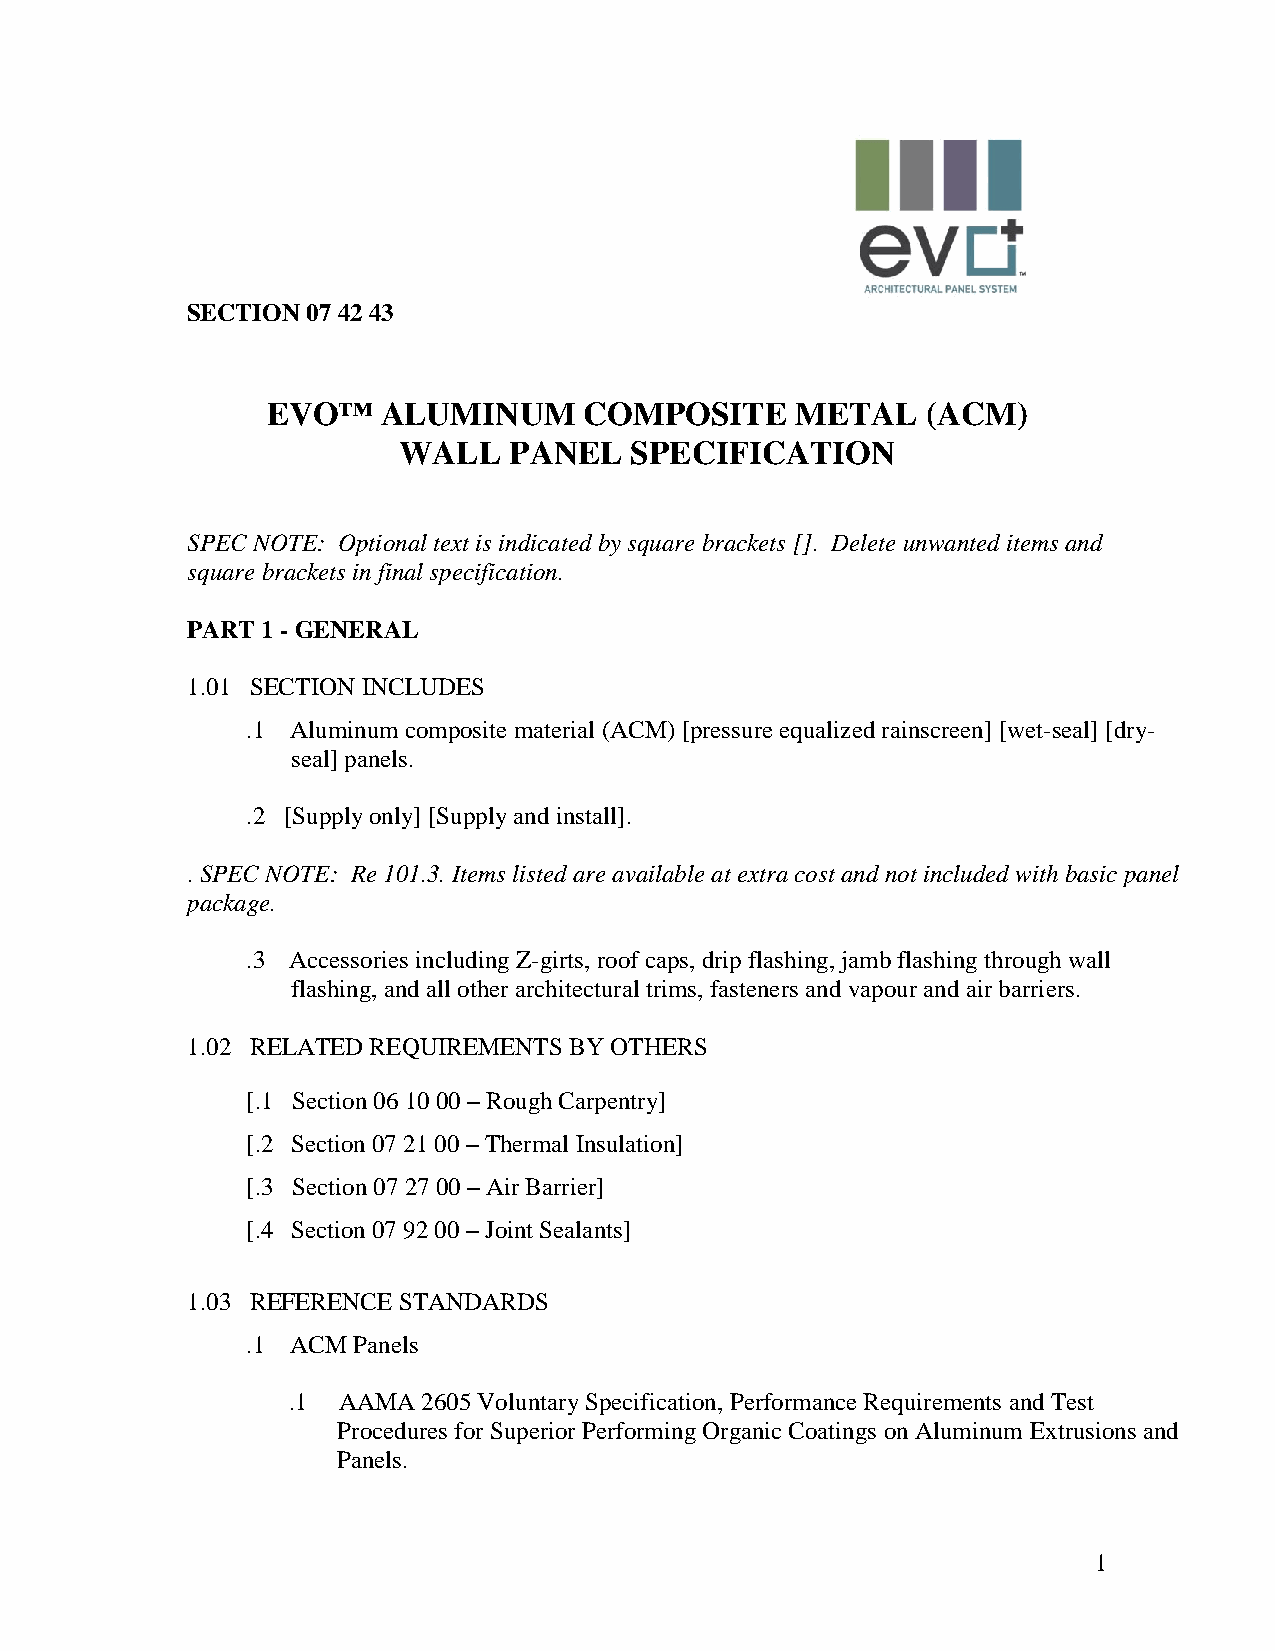
SECTION 07 42 43
 EVO™   ALUMINUM      COMPOSITE     METAL   (ACM)
 WALL    PANEL   SPECIFICATION
 SPEC NOTE: Optional text is indicated by square brackets []. Delete unwanted items and
 square brackets in final specification.
 PART 1 - GENERAL
 1.01 SECTION INCLUDES
 .1 Aluminum composite material (ACM) [pressure equalized rainscreen] [wet-seal] [dry-
 seal] panels.
 .2 [Supply only] [Supply and install].
 . SPEC NOTE: Re 101.3. Items listed are available at extra cost and not included with basic panel
 package.
 .3 Accessories including Z-girts, roof caps, drip flashing, jamb flashing through wall
 flashing, and all other architectural trims, fasteners and vapour and air barriers.
 1.02 RELATED REQUIREMENTS BY OTHERS
 [.1 Section 06 10 00 – Rough Carpentry]
 [.2 Section 07 21 00 – Thermal Insulation]
 [.3 Section 07 27 00 – Air Barrier]
 [.4 Section 07 92 00 – Joint Sealants]
 1.03 REFERENCE STANDARDS
 .1 ACM Panels
 .1 AAMA  2605 Voluntary Specification, Performance Requirements and Test
 Procedures for Superior Performing Organic Coatings on Aluminum Extrusions and
 Panels.
 1